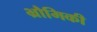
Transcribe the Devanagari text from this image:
भ्रौमिकी